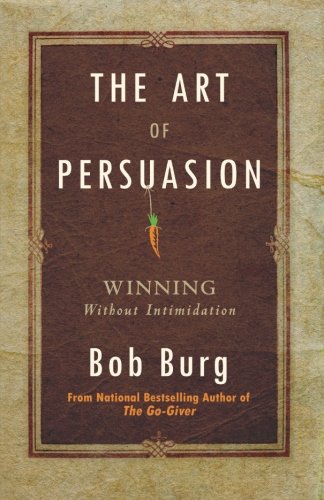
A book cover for The Art of Persuasion: Winning Without Intimidation; Bob Burg; Business & Money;